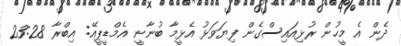
ދެން އެ މީހުން ރުޅިއައިސްގެން ފިޔަވަޅު އެޅީމާ ބުނާނީ އެމްޑީޕީއޭ: އިބްރާ 23:28